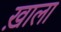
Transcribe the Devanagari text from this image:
ख़ाला